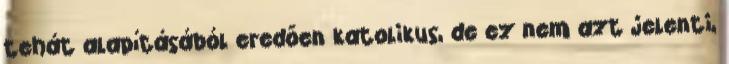
tehát alapításából eredően katolikus, de ez nem azt jelenti,